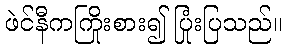
ဖဲင်နီကကြိုးစား၍ ပြုံးပြသည်။